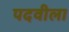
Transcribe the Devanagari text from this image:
पदवीला